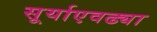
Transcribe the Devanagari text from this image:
सूर्याएवढ्या